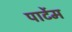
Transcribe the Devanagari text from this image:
पार्टेम